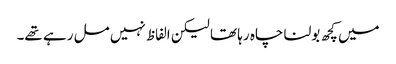
میں کچھ بولنا چاہ رہا تھا لیکن الفاظ نہیں مل رہے تھے۔